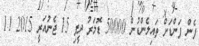
ފެން ފަންޑަށް ތައިލެންޑުން 50000 ޑޮލަރު ދީފި 15 ޖެނުއަރީ 2015 11